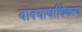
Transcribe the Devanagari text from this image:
वाक्यार्थाधिकरण